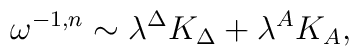
\omega^{-1,n}\sim \lambda^\Delta K_\Delta+\lambda^A K_A,